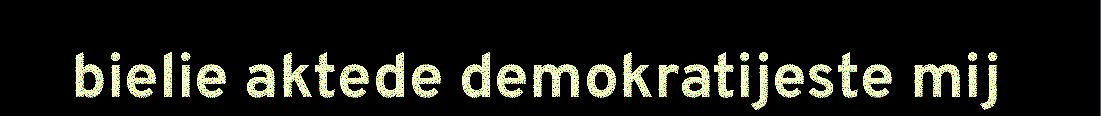
bielie aktede demokratijeste mij